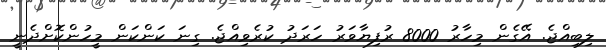
ލިބިއްޖެ. އޭގެން މިހާރު 8000 ރުފިޔާވަރު ހަރަދު ކުރެވިއްޖެ. ގިނަ ކަންކަން މީހުންކޮށްދެނީ